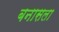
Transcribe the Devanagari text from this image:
बनासला